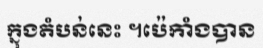
ក្នុងតំបន់នេះ ។ប៉េកាំងបាន